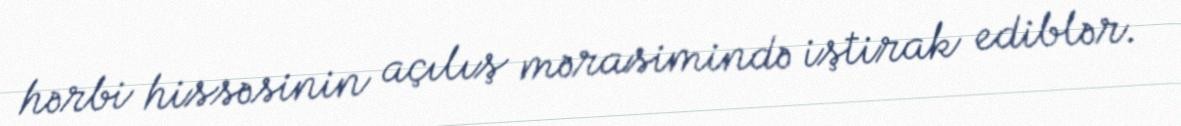
hərbi hissəsinin açılış mərasimində iştirak ediblər.